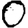
Digit: 0